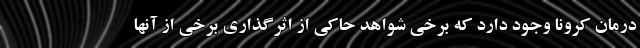
درمان کرونا وجود دارد که برخی شواهد حاکی از اثرگذاری برخی از آنها